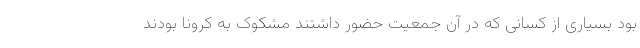
بود بسیاری از کسانی که در آن جمعیت حضور داشتند مشکوک به کرونا بودند